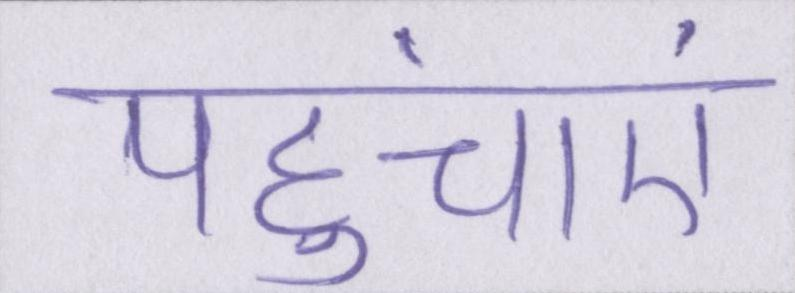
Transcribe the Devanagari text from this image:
पहुंचाएं